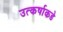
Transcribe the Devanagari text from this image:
उत्कर्षाकडे